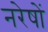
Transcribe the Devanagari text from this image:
नरेषों